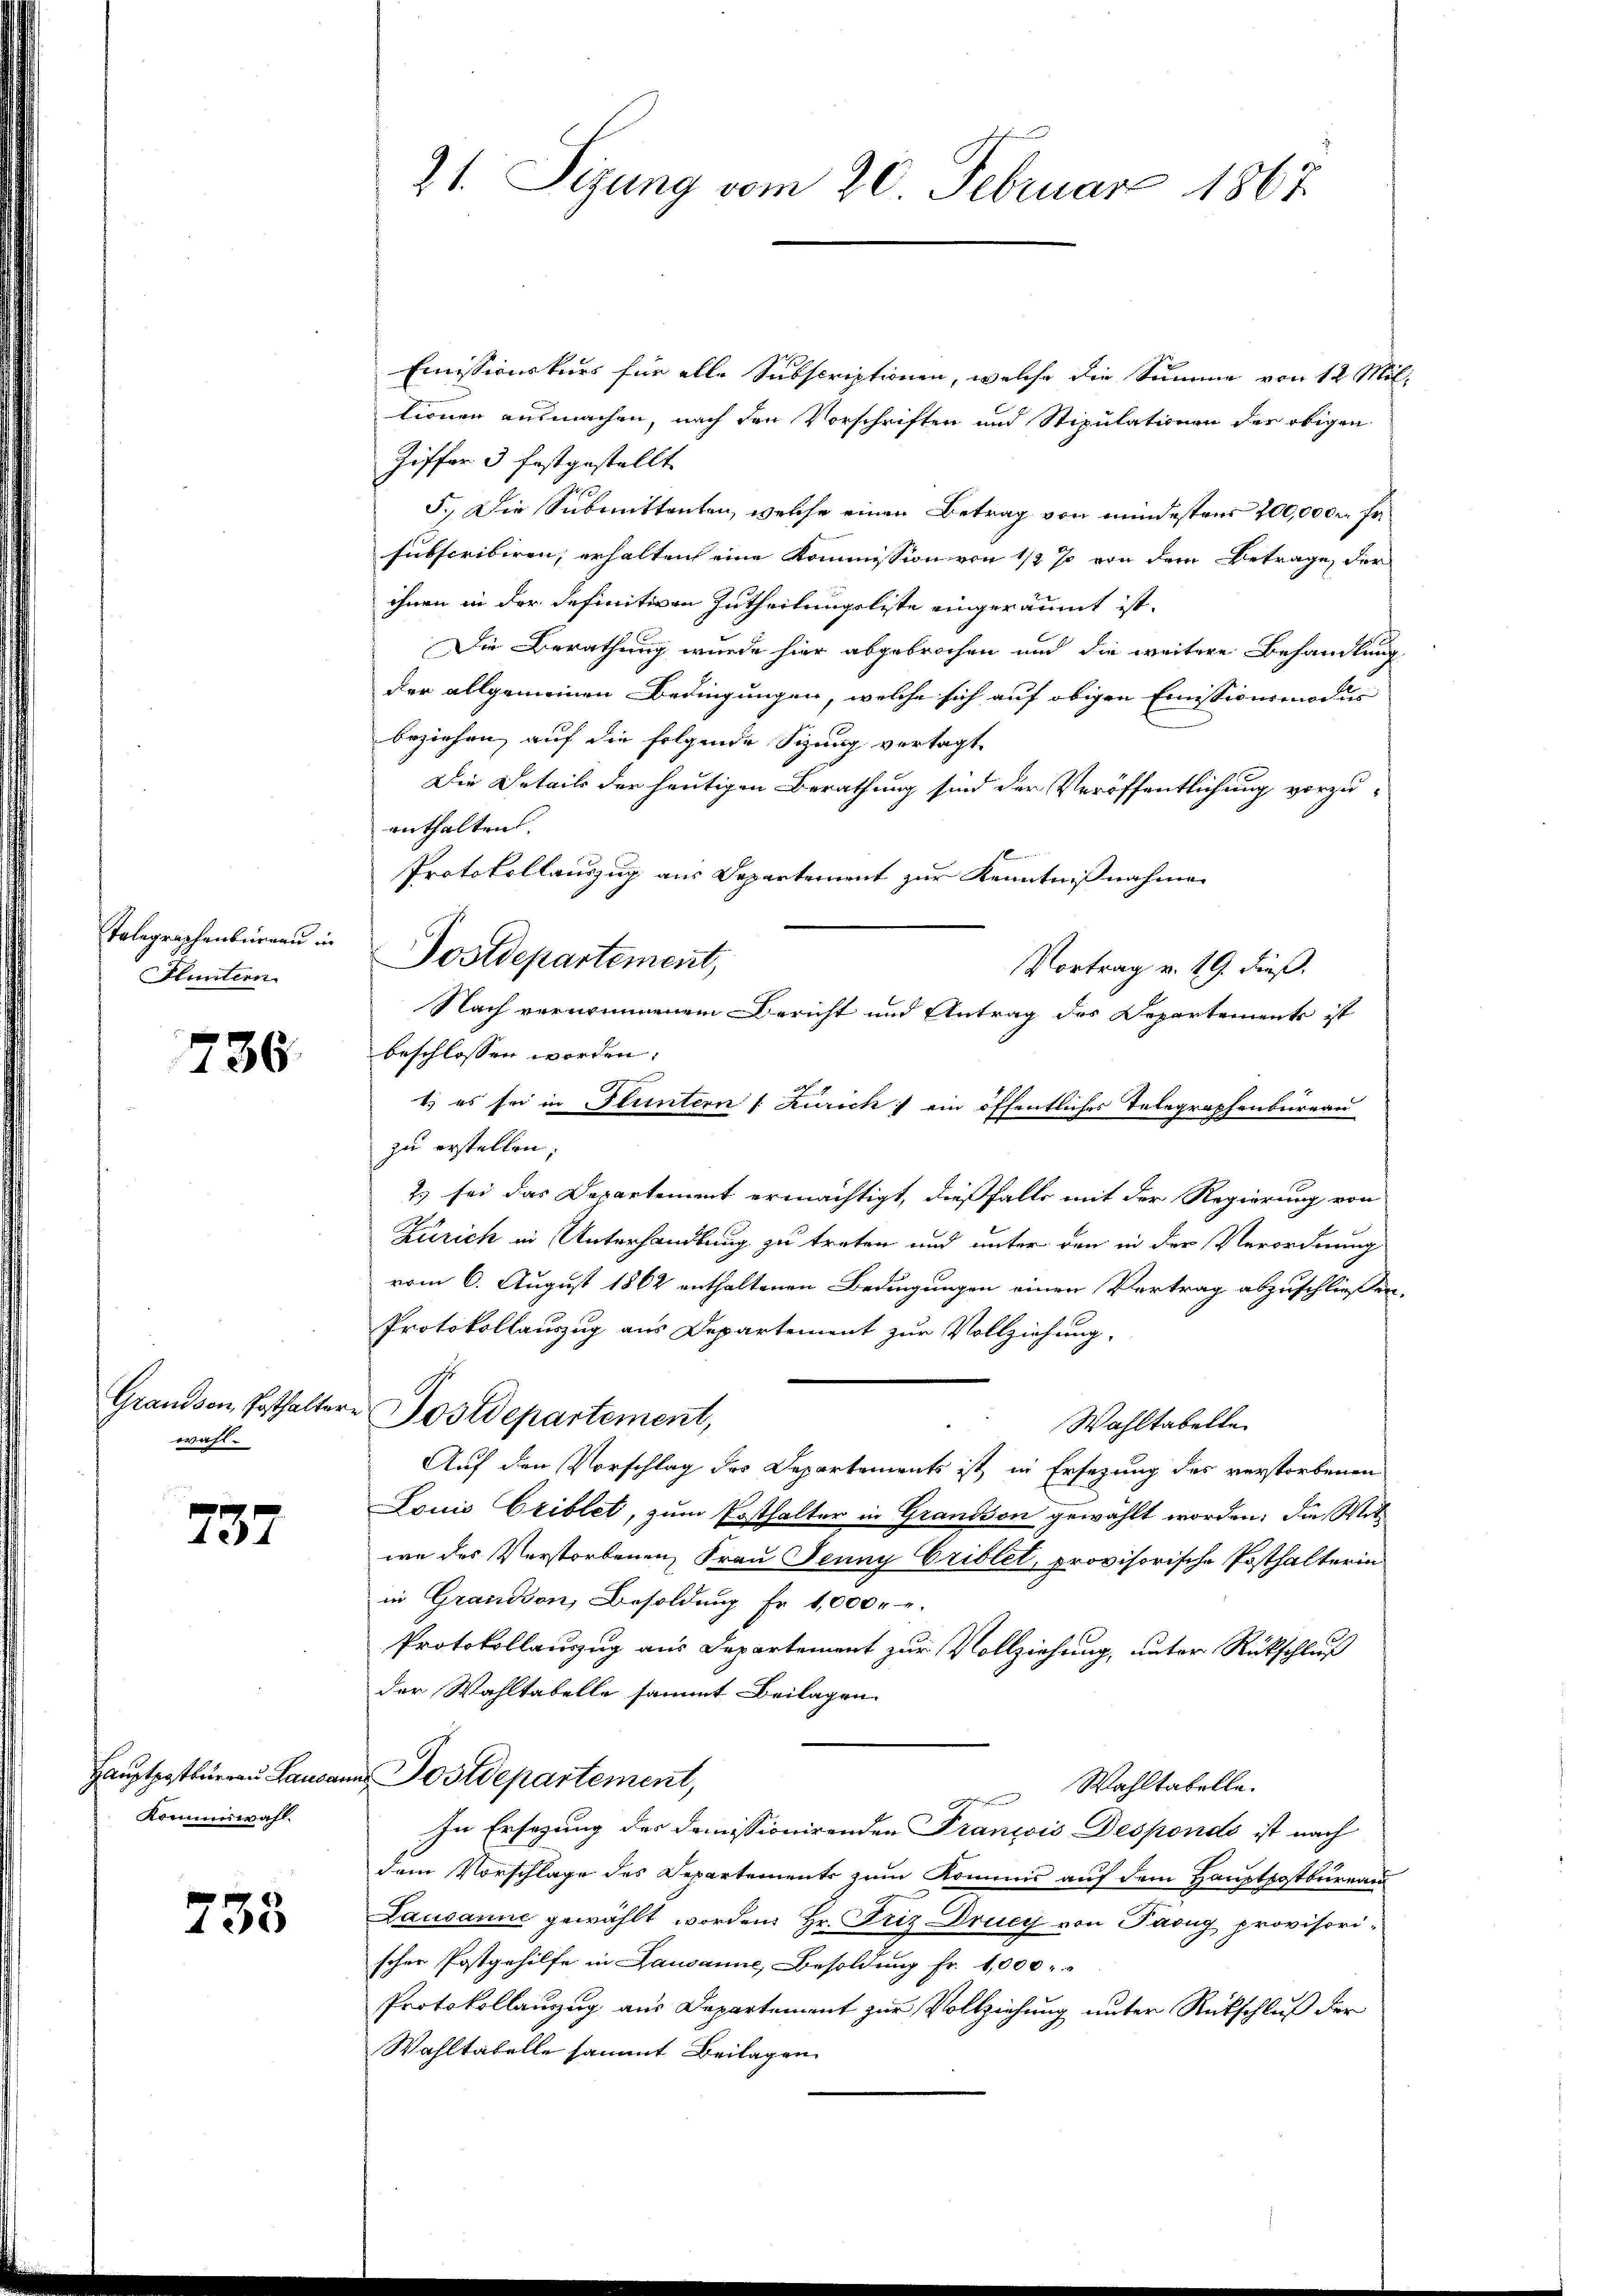
Telegraphenbüreau in
Fluntern

736.

wahl.

737

Hauptposteneren Lausa
Kommiswahl.

733

71. Sizung vom 20. Februar 1867

Emissionskurs für alle Subscriptionen, welche die Summe von 12 Mit-
lionen ausmachen, nach den Vorschriften und Stipulationen der obigen
Ziffer 3 festgestellt
5.) Die Submittenten, welche einen Betrag von mindestens 200,000 Fr.
subscribiren, erhalten eine Kommission von 1/2 % von dem Betrage, der
ihnen in der definitiven Zutheilungsliste eingeräumt ist.
Die Berathung wurde hier abgebrochen und die weitere Behandlung
der allgemeinen Bedingungen, welche sich auf obigen Emissionsmodus
beziehen, auf die folgende Sizung vertagt,
Die Details der heutigen Berathung sind der Veröffentlichung vorzuenthalten.
Protokollauszug aus Departement zur Kenntnißnahmen
Postdepartement,
Vortrag v. 19. dieß.
Nach vernommenem Bericht und Antrag des Departements ist
beschlossen worden.
1.) es sei in Pluntern / Kurich ein öffentliches Telegraphenbureau
zu erstellen;
2.) sei das Departement ermächtigt, dießfalls mit der Regierung von
Zürich in Unterhandlung zu treten und unter den in der Verordnung
vom 6. August 1862 enthaltenen Bedingungen einen Vertrag abzuschließen,
Protokollauszug aus Departement zur Vollziehung,
Grandson, Posthaltere Postdepartement,
Wahltabelle
Auf den Vorschlag des Departements ist in Ersezung des verstorbenen
Louis Criblet, zum Posthalter in Grandson gewählt worden; die Mitwe des Verstorbenen, Frau Jenny Criblet, provisorische Posthalterin
in Grandon, Besoldung Fr. 1,000
Protokollauszug aus Departement zur Vollziehung, unter Rückschluß
der Wahltabelle sammt Beilagen.
 Dostdepartement,
Wahltatelle.
f
In Ersezung des domissionirenden Francois Desponds ist nach
dem Vorschlage des Departements zum Kommis auf dem Hauptpostbureau
Lausanne gewählt worden Hr. Friz Druck von Pasug provisorischer Postgehilfe in Lausanne, Besoldung Fr. 1,000
Protokollanzug aus Departement zur Vollziehung unter Rückschluß der
Wahltabelle sammt Beilagen